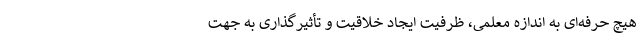
هیچ حرفه‌ای به اندازه معلمی، ظرفیت ایجاد خلاقیت و تأثیرگذاری به جهت